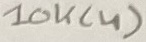
Text: 10K(4)